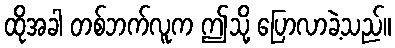
ထိုအခါ တစ်ဘက်လူက ဤသို့ ပြောလာခဲ့သည်။